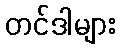
တင်ဒါများ